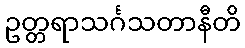
ဥတ္တရာသင်္ဂသတာနီတိ